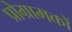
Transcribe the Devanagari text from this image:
प्रोग्रामकों